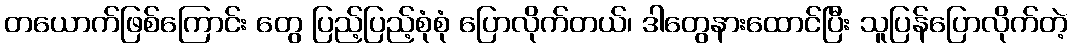
တယောက်ဖြစ်ကြောင်း တွေ ပြည့်ပြည့်စုံစုံ ပြောလိုက်တယ်၊ ဒါတွေနားထောင်ပြီး သူပြန်ပြောလိုက်တဲ့